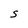
Character: S